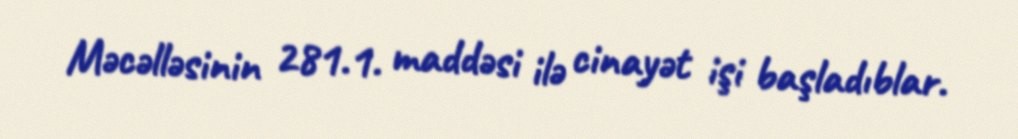
Məcəlləsinin 281.1. maddəsi ilə cinayət işi başladıblar.